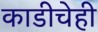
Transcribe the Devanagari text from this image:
काडीचेही